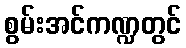
စွမ်းအင်ကဏ္ဍတွင်